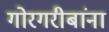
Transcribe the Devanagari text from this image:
गोरगरीबांना